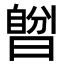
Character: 𣊆